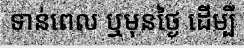
ទាន់ពេល ឬមុនថ្ងៃ ដើម្បី